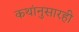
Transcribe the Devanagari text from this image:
कथांनुसारही